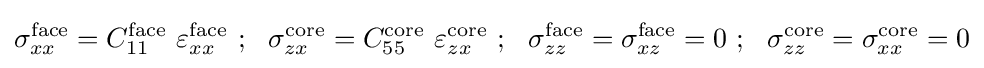
\sigma _{xx}^{\mathrm {face} }=C_{11}^{\mathrm {face} }~\varepsilon _{xx}^{\mathrm {face} }~;~~\sigma _{zx}^{\mathrm {core} }=C_{55}^{\mathrm {core} }~\varepsilon _{zx}^{\mathrm {core} }~;~~\sigma _{zz}^{\mathrm {face} }=\sigma _{xz}^{\mathrm {face} }=0~;~~\sigma _{zz}^{\mathrm {core} }=\sigma _{xx}^{\mathrm {core} }=0